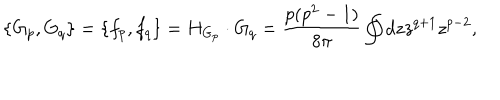
LaTeX: \{ G _ { p } , G _ { q } \} = \{ f _ { p } , f _ { q } \} = H _ { G _ { p } } \cdot G _ { q } = { \frac { p ( p ^ { 2 } - 1 ) } { 8 \pi } } \oint d z z ^ { q + 1 } z ^ { p - 2 } ,